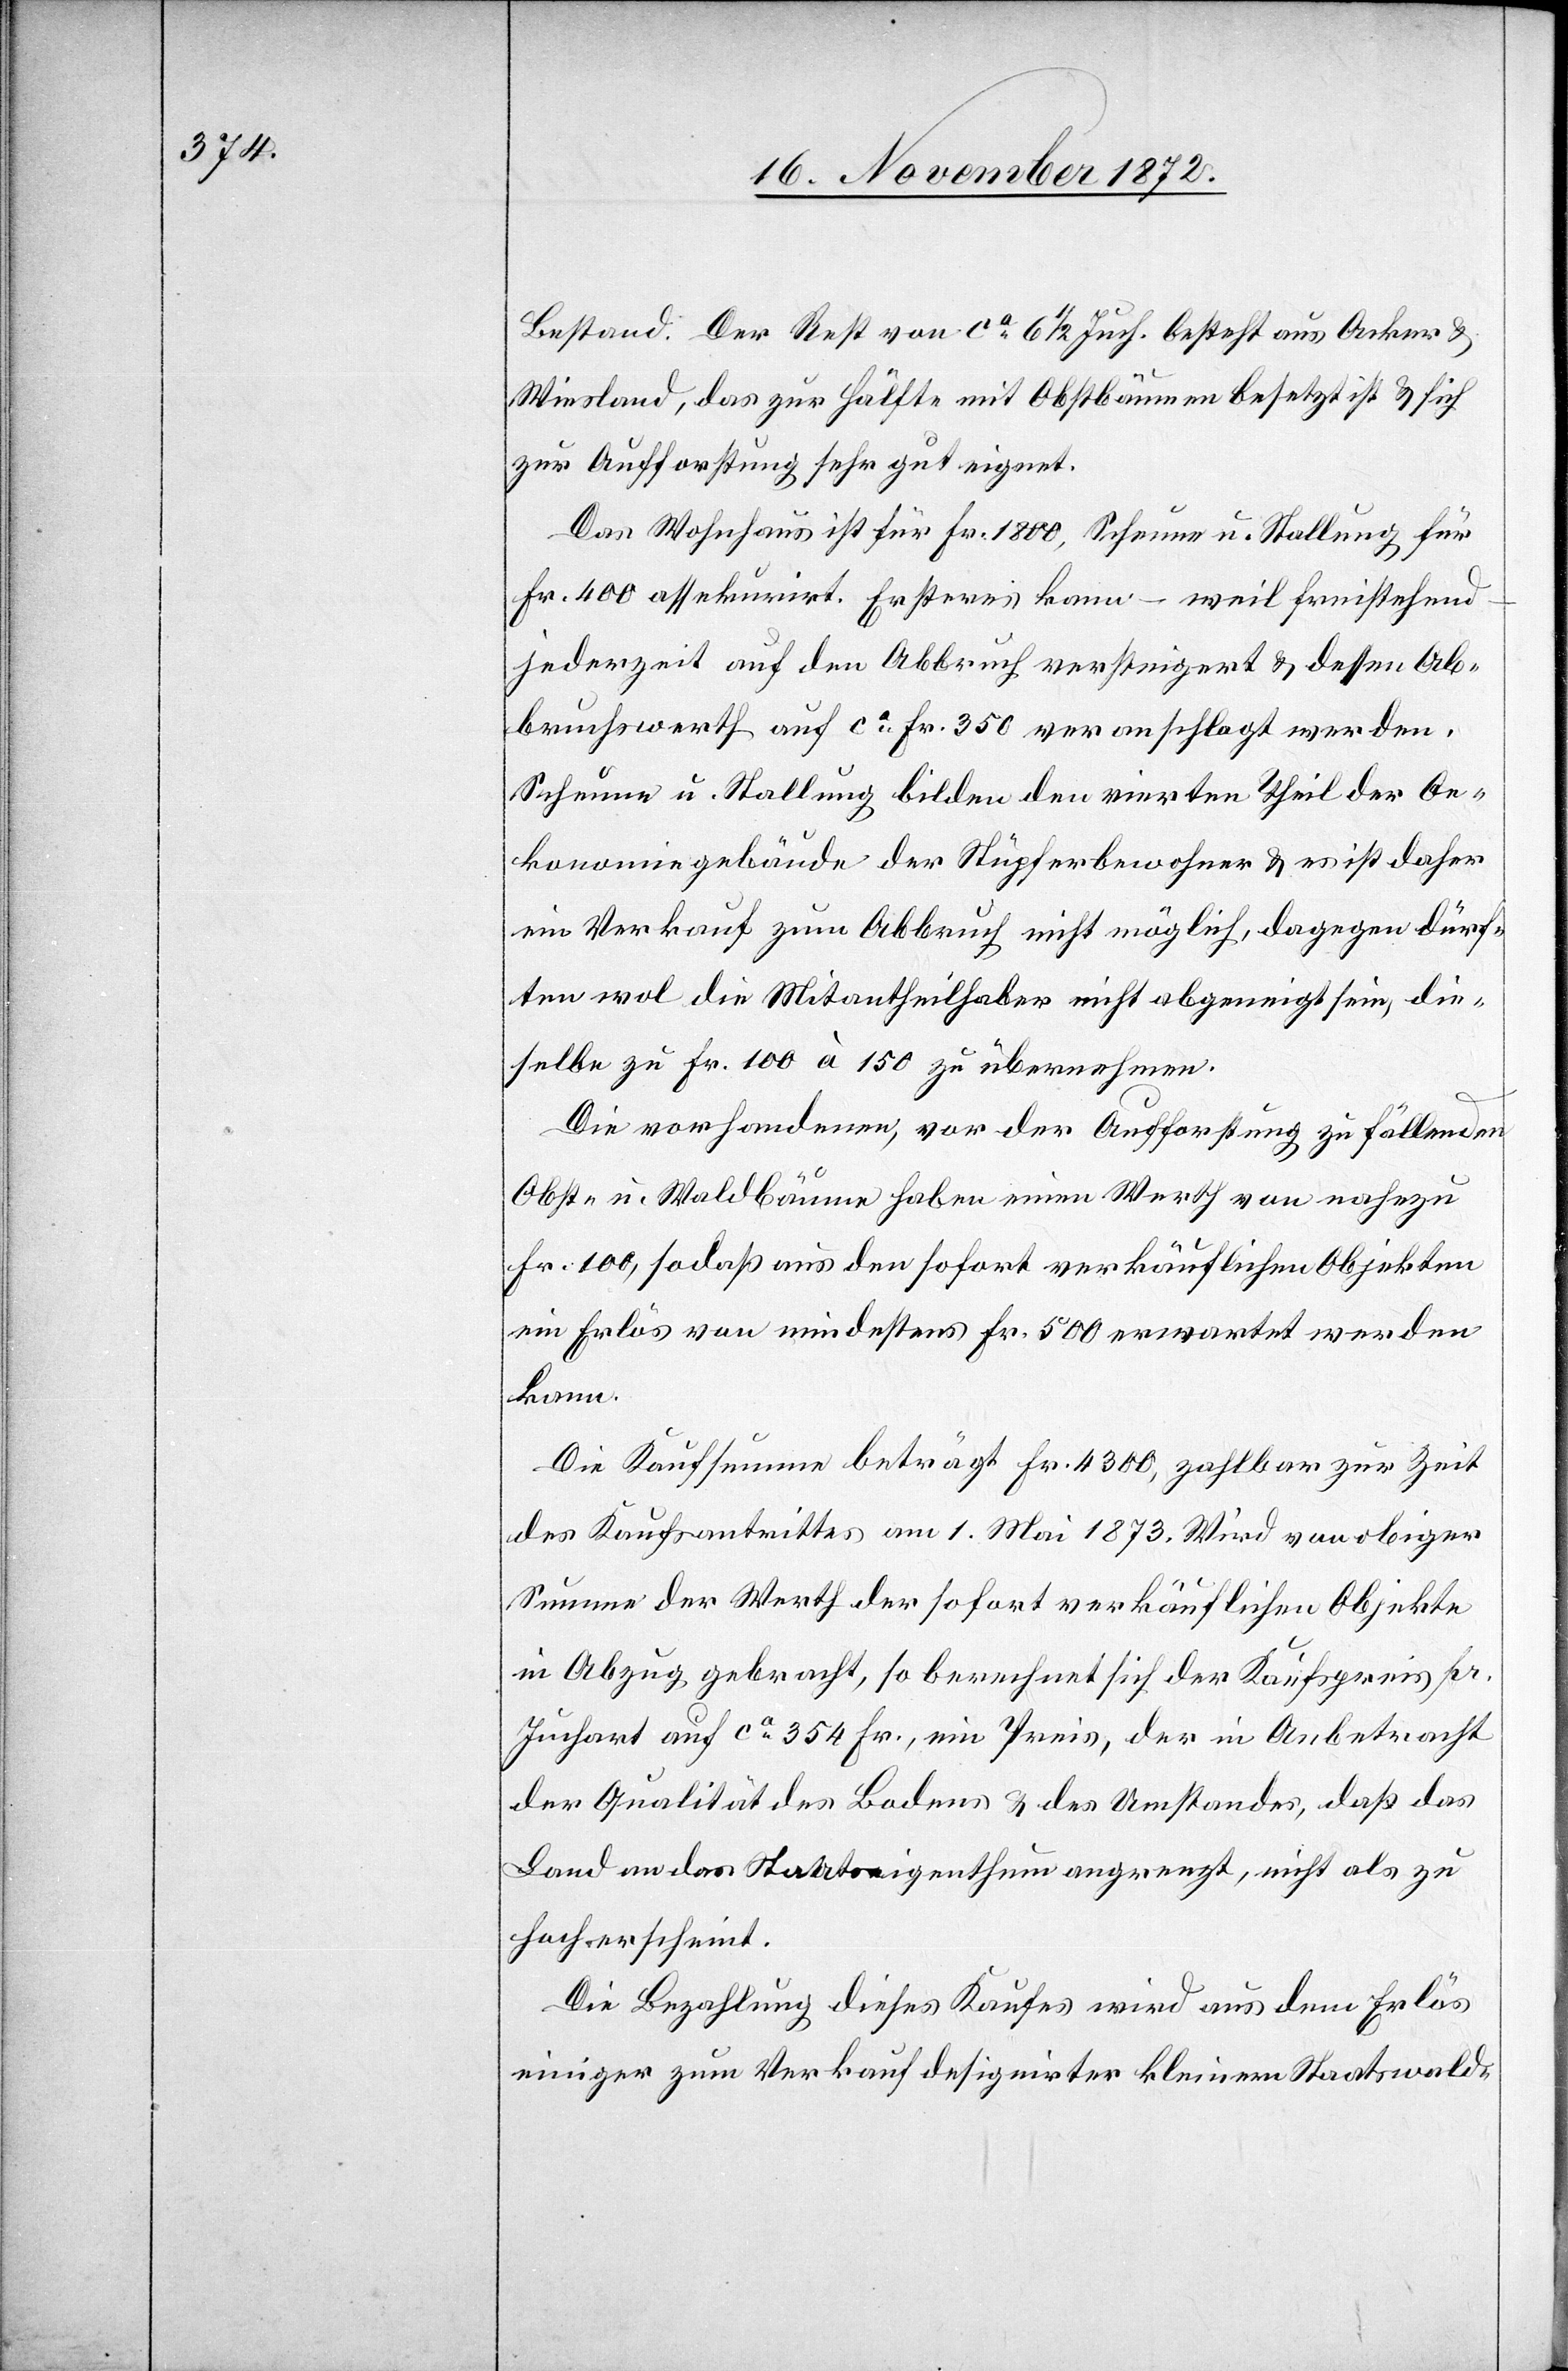
Bestand. Der Rest von ca 6 1/2 Juch. besteht aus Acker u.
Wiesland, das zur Hälfte mit Obstbäumen besetzt ist u. sich
zur Aufforstung sehr gut eignet.
Das Wohnhaus ist für Fr. 1800, Scheune u. Stallung für
Fr. 400 assekurirt. Ersteres kann – weil freistehend
jederzeit auf den Abbruch versteigert u. dessen Ab¬
bruchswerth auf ca Fr. 350 veranschlagt werden.
Scheune u. Stallung bilden den vierten Theil der Oe¬
konomiegebäude der Stüpferbewohner u. es ist daher
ein Verkauf zum Abbruch nicht möglich, dagegen dürf¬
ten wol die Mitantheilhaber nicht abgeneigt sein, die¬
selbe zu Fr. 100 à 150 zu übernehmen.
Die vorhandenen, vor der Aufforstung zu fällenden
Obst- u. Waldbäume haben einen Werth von nahezu
Fr. 100, sodaß aus den sofort verkäufischen Objekten
ein Erlös von mindestens Fr. 500 erwartet werden
kann.
Die Kaufsumme beträgt Fr. 4300, zahlbar zur Zeit
des Kaufantrittes am 1. Mai 1873. Wird von obiger
Summe der Werth der sofort verkäuflichen Objekte
in Abzug gebracht, so berechnet sich der Kaufspreis pr.
Juchart auf ca 354 Fr., ein Preis, der in Anbetracht
der Qualität des Bodens u. des Umstandes, daß das
Land an das Staatseigenthum angrenzt, nicht als zu
hoch erscheint.
Die Bezahlung dieses Kaufes wird aus dem Erlös
einiger zum Verkauf designirter kleinen Staatswald-